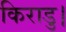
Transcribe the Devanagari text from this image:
किराडु।